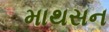
માથસન